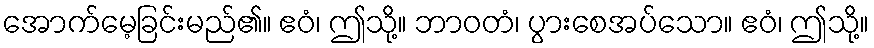
အောက်မေ့ခြင်းမည်၏။ ဧဝံ၊ ဤသို့။ ဘာဝတံ၊ ပွားစေအပ်သော။ ဧဝံ၊ ဤသို့။